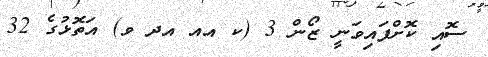
ސޮއި ކޮށްފައިވަނީ ޒޯން 3 (ކ އއ އދ ވ) އަތޮޅުގެ 32